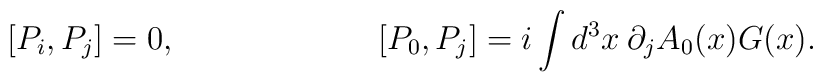
[P_i,P_j]=0, \hspace{1in}[P_0,P_j]=i \int d^3x \:\partial_j A_0(x) G(x).